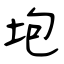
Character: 垉